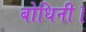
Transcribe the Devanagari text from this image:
बोधिनी।